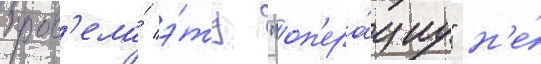
пров'ела́ э́ту "оп'ера́циу" н'е́